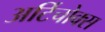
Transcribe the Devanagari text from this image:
अर्टिचोक्स